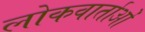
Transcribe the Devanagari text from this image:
लोकवार्ताओं